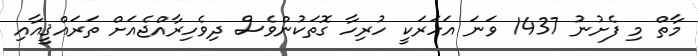
މާތް މި ފެށުނު 1437 ވަނަ އަހަރަކީ ހުރިހާ ގޮތަކުންވެސް ދިވެހިރާއްޖެއަށް ތަރައްޤީއާއި